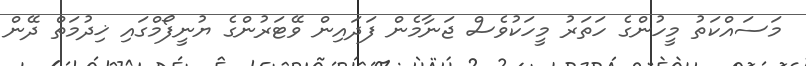
މަސައްކަތު މީހުންގެ ހަތަރު މީހަކުވެސް ޖަނާމެން ފަދައިން ވޭޓަރުންގެ ޔުނީފޯމްގައި ޚިދުމަތް ދޭން